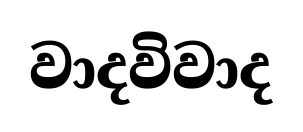
වාදවිවාද